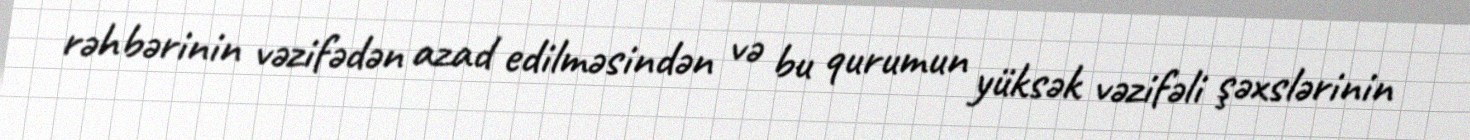
rəhbərinin vəzifədən azad edilməsindən və bu qurumun yüksək vəzifəli şəxslərinin